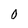
Character: 0